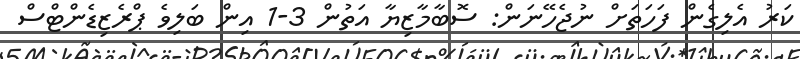
ކަރު އެލިގެން ފަހަތަށް ނުޖެހޭނަން: ސޮބާމާޒިޔާ އަތުން 3-1 އިން ބަލިވެ ޕްރެޒިޑެންޓްސް